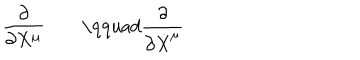
\frac { \partial } { \partial X ^ { \mu } } \qquad \textrm \qquad \frac { \partial } { \partial \dot { X } ^ { \mu } }